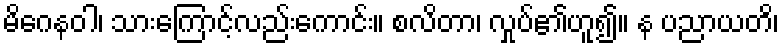
မိဂေနဝါ၊ သားကြောင့်လည်းကောင်း။ စလိတာ၊ လှုပ်၏ဟူ၍။ န ပညာယတိ၊